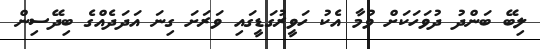
ލިބޭ ބަންދު ދުވަހަކަށް ވުމާ އެކު ހަވީރުގަޑީގައި ވަރަށަ ގިނަ އަދަދެއްގެ ބިދޭސިން